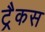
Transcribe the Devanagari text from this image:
ट्रैकस